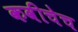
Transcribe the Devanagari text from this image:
कवीचेच